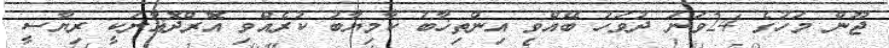
ޖޫން މަހުގެ 24ވަނަ ދުވަހު ބޭއްވި އިންތިޚާބު ކާމިޔާބު ކުރެއްވި އޮރްދޮޣާނަކީ ރިޔާސީ